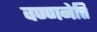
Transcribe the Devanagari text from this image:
वण्णनेत्ति